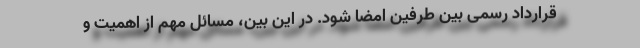
قرارداد رسمی بین طرفین امضا شود. در این بین، مسائل مهم از اهمیت و